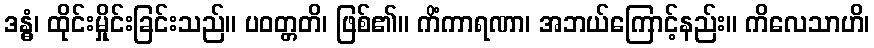
ဒန္ဓံ၊ ထိုင်းမှိုင်းခြင်းသည်။ ပဝတ္တတိ၊ ဖြစ်၏။ ကိံကာရဏာ၊ အဘယ်ကြောင့်နည်း။ ကိလေသာဟိ၊